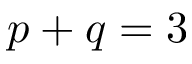
p + q = 3